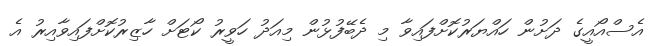
އެސްއޯއީގެ ދަށުން ހައްޔަރުކޮށްފައިވާ މި ދެބޭފުޅުން މިއަދު ހަވީރު ކޯޓަށް ހާޒިރުކޮށްފައިވާއިރު އެ